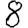
Digit: 8